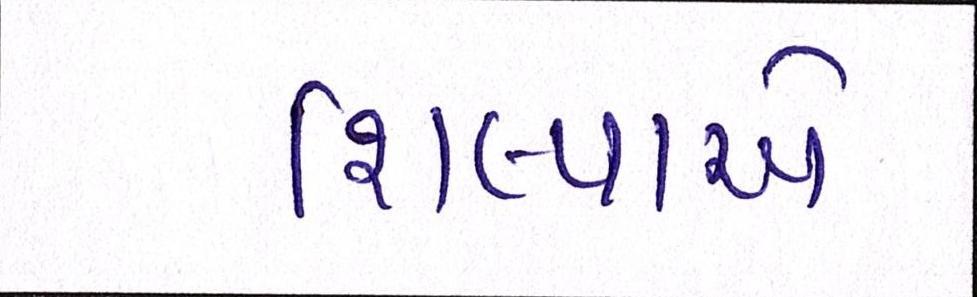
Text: શિલ્પાએ